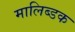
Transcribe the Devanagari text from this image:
मालिब्डक